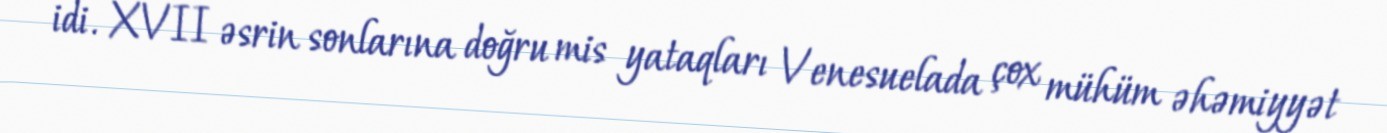
idi. XVII əsrin sonlarına doğru mis yataqları Venesuelada çox mühüm əhəmiyyət